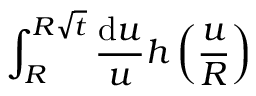
\int _ { R } ^ { R \sqrt { t } } \frac { \mathrm { d } u } { u } h \left( \frac { u } { R } \right)